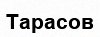
Тарасов